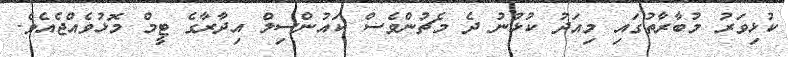
ކުޅިވަރު މުބާރާތުގައި މިއަދު ކުޅުނު ދެ މެޗުންވެސް ކައުންސިލް އިދާރާގެ ޓީމް މޮޅުވެއްޖެއެވެ.